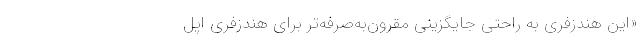
«این هندزفری به راحتی جایگزینی مقرون‌به‌صرفه‌تر برای هندزفری ‌اپل